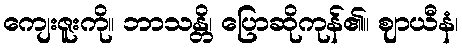
ကျေးဇူးကို။ ဘာသန္တိ၊ ပြောဆိုကုန်၏။ ဈာယီနံ၊